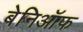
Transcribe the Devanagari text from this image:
बेनिऑफ